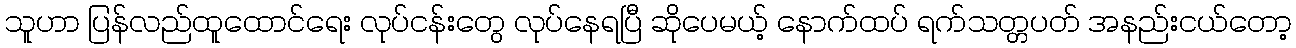
သူဟာ ပြန်လည်ထူထောင်ရေး လုပ်ငန်းတွေ လုပ်နေရပြီ ဆိုပေမယ့် နောက်ထပ် ရက်သတ္တပတ် အနည်းငယ်တော့